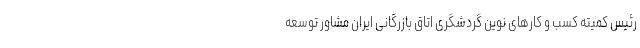
رئیس کمیته کسب و کارهای نوین گردشگری اتاق بازرگانی ایران مشاور توسعه